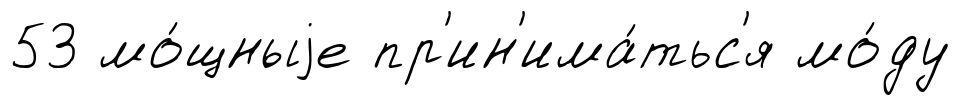
53 мо́щныjе пр'ин'има́тьс'я мо́ду